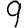
Digit: 9